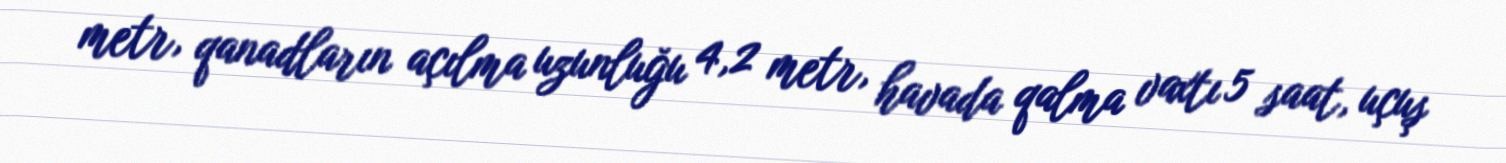
metr, qanadların açılma uzunluğu 4,2 metr, havada qalma vaxtı 5 saat, uçuş